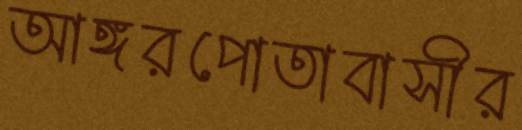
আঙ্গরপোতাবাসীর